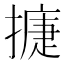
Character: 𢳿